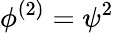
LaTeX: \phi^{(2)}=\psi^{2}